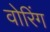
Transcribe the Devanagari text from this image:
वोरिंग